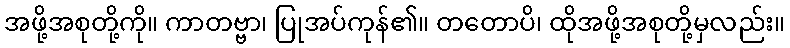
အဖို့အစုတို့ကို။ ကာတဗ္ဗာ၊ ပြုအပ်ကုန်၏။ တတောပိ၊ ထိုအဖို့အစုတို့မှလည်း။